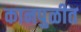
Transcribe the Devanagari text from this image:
कानपुळीत